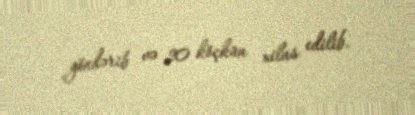
göndərib və 20 köçkün xilas edilib.